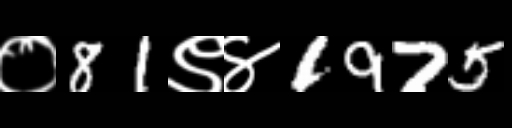
Text: ०81९४1975